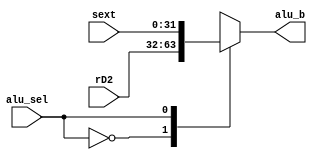
`timescale 1ns / 1ps
//////////////////////////////////////////////////////////////////////////////////
// Company: 
// Engineer: 
// 
// Design Name: 
// Module Name: ALU_MUX
// Project Name: 
// Target Devices: 
// Tool Versions: 
// Description: 
// 
// Dependencies: 
// 
// Revision:
// Revision 0.01 - File Created
// Additional Comments:
// 
//////////////////////////////////////////////////////////////////////////////////


module ALU_MUX(
    input [31:0] rD2,
    input [31:0] sext,
    input alu_sel,
    output reg [31:0] alu_b
    );
    
    always @(*) begin
        case(alu_sel)
            1'b0: alu_b = rD2;
            1'b1: alu_b = sext;
        endcase
    end
    
endmodule